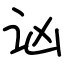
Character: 讻